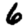
Digit: 6